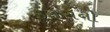
કરારોનો